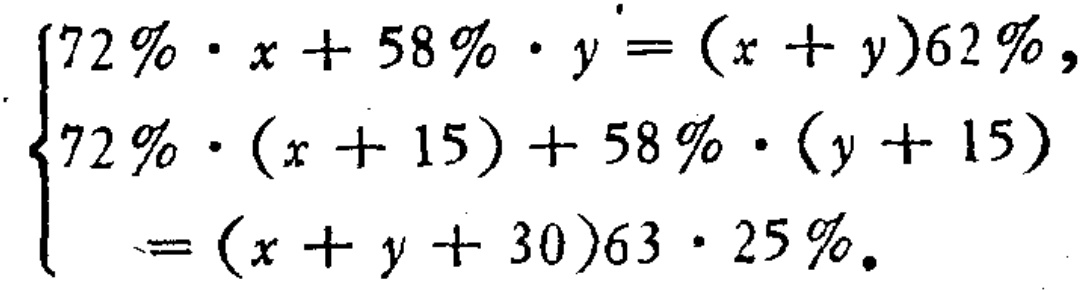
\(\begin{cases}
72\% \cdot x + 58\% \cdot y = (x + y)62\%\\
72\% \cdot (x + 15) + 58\% \cdot (y + 15) = (x + y + 30)63\cdot 25\%
\end{cases}\)